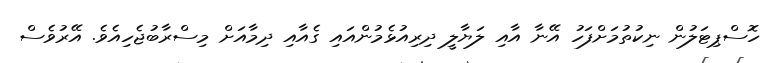
ހޮސްޕިޓަލުން ނިކުތުމަށްފަހު އޭނާ އާއި ލަޔާލީ ދިރިއުޅެމުންއައި ގެއާއި ދިމާއަށް މިސްރާބުޖެހިއެވެ. އޭރުވެސް